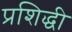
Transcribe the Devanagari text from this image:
प्रशिद्धी